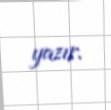
yazır.